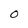
Character: 0